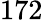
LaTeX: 172